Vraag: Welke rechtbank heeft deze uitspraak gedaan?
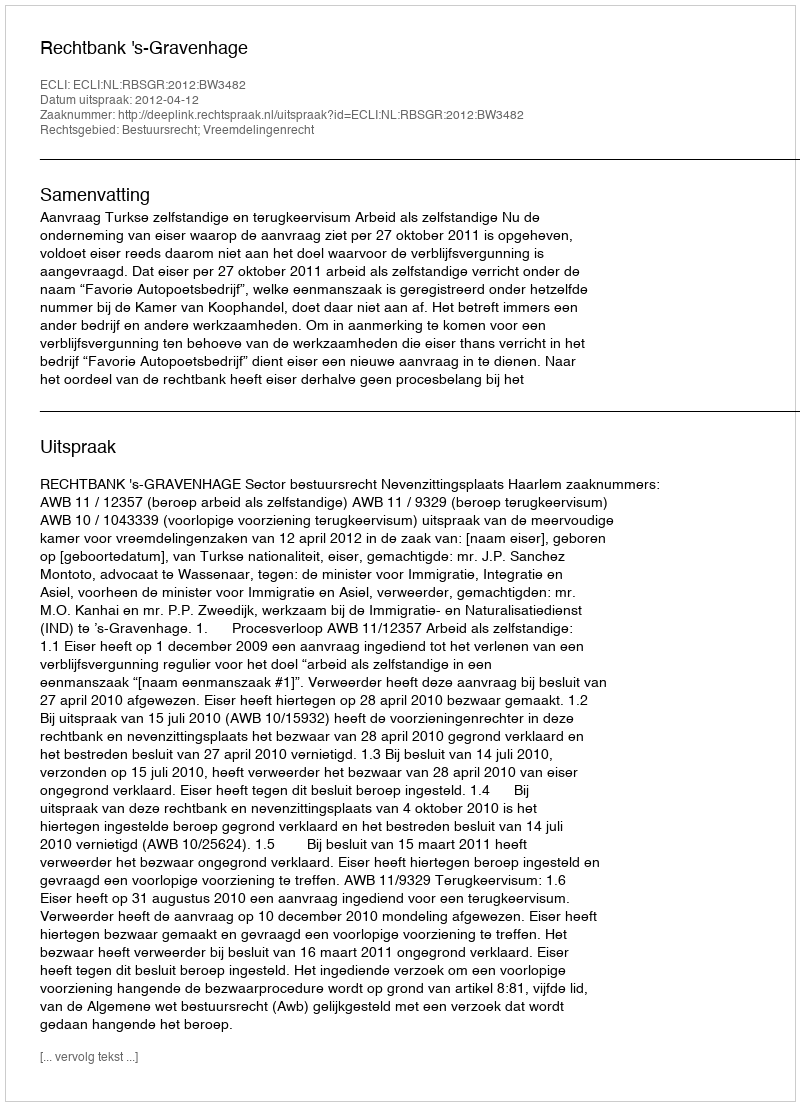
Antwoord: Rechtbank 's-Gravenhage